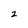
Character: 2